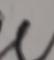
Signature authenticity: forged